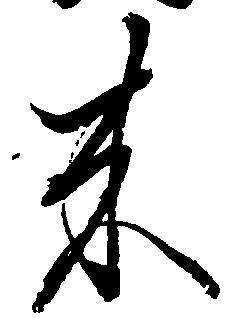
来